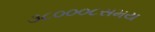
૩૮૦૦૦૮સમય